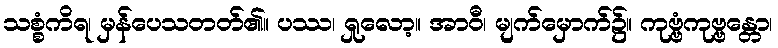
သစ္စံကိရ၊ မှန်ပေသတတ်၏။ ပဿ၊ ရှုလော့။ အာဝီ၊ မျက်မှောက်၌။ ကုဗ္ဗံကုဗ္ဗန္တော၊